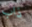
ذاب